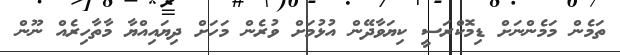
ތަމެން މަމެންނަށް ޑިމޮކްރަސީ ކިޔަވާދޭން އުޅުމަށް ވުރެން މަހަށް ދިޔައިއްޔާ މާތާހިރެއް ނޫން